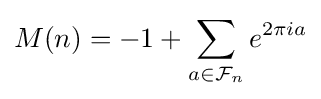
M(n)=-1+\sum _{a\in {\mathcal {F}}_{n}}e^{2\pi ia}